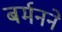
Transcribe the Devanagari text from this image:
बर्मनने